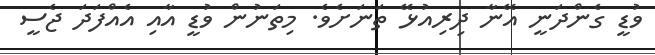
ވުޑީ ގެންދަނީ އޭނާ ދިރިއުޅޭ ތަނަށެވެ. މިތަނުން ވުޑީ އާއި އެއްފަދަ ޖެސީ